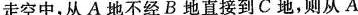
走空中，从A地不经B地直接到C地，则从A